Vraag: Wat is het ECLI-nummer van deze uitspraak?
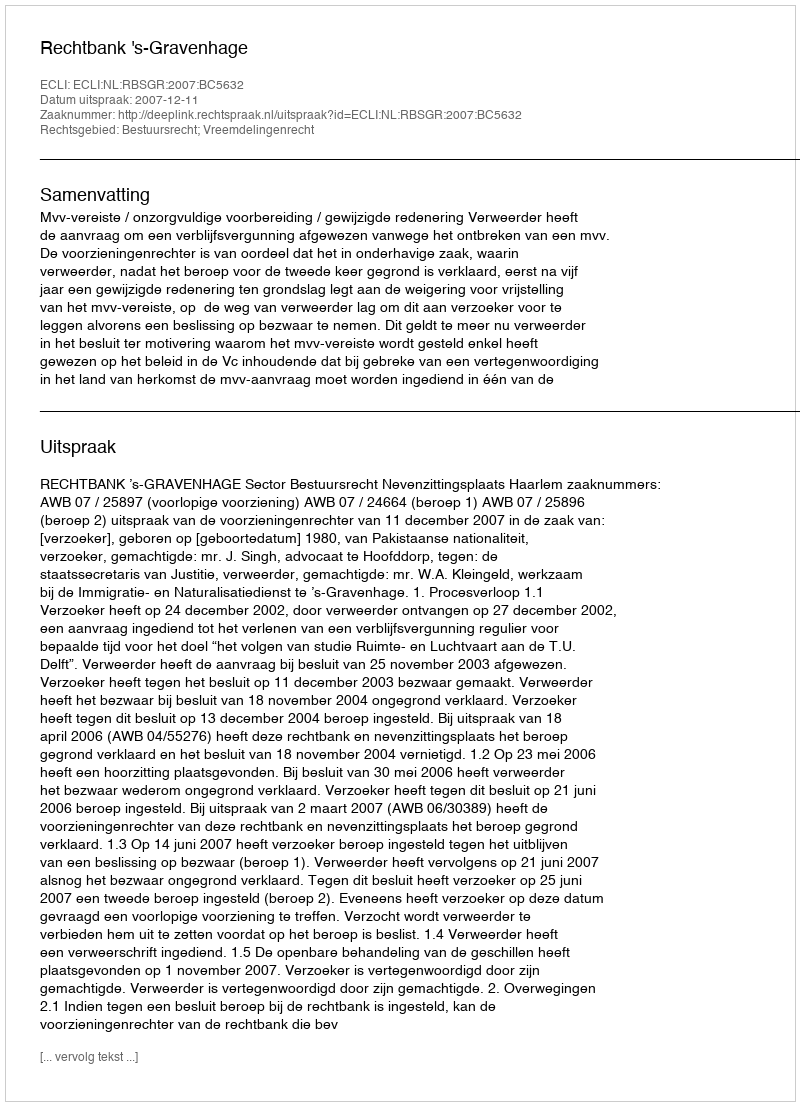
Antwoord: ECLI:NL:RBSGR:2007:BC5632